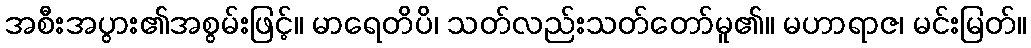
အစီးအပွား၏အစွမ်းဖြင့်။ မာရေတိပိ၊ သတ်လည်းသတ်တော်မူ၏။ မဟာရာဇ၊ မင်းမြတ်။